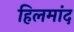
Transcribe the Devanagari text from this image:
हिलमांद